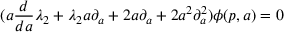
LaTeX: ( a \frac { d } { d a } \lambda _ { 2 } + \lambda _ { 2 } a \partial _ { a } + 2 a \partial _ { a } + 2 a ^ { 2 } \partial _ { a } ^ { 2 } ) \phi ( p , a ) = 0